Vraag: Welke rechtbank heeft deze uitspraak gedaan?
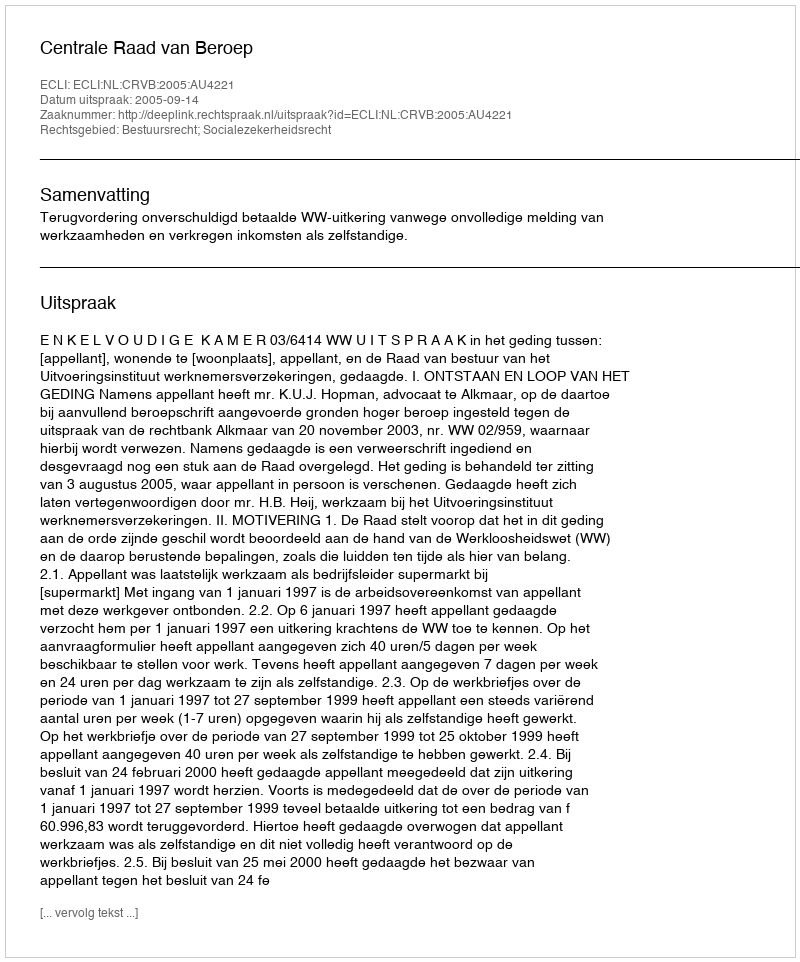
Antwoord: Centrale Raad van Beroep